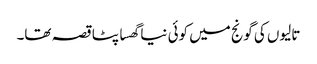
تالیوں کی گونج میں کوئی نیا گھسا پٹا قصہ تھا۔